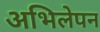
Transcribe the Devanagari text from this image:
अभिलेपन